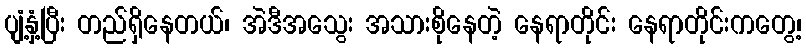
ပျံ့နှံ့ပြီး တည်ရှိနေတယ်၊ အဲဒီအသွေး အသားစိုနေတဲ့ နေရာတိုင်း နေရာတိုင်းကတွေ့၊